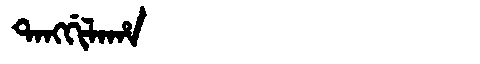
Manchu: ᡨᠠᠩᡤᡳᠯᠠᡥᠠ
Romanization: TANGGILAHA